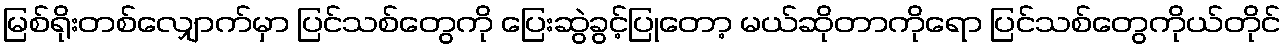
မြစ်ရိုးတစ်လျှောက်မှာ ပြင်သစ်တွေကို ပြေးဆွဲခွင့်ပြုတော့ မယ်ဆိုတာကိုရော ပြင်သစ်တွေကိုယ်တိုင်